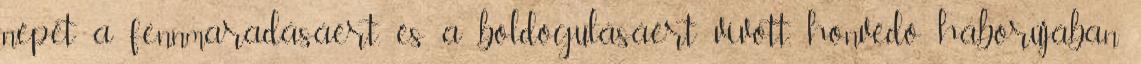
népét a fennmaradásáért, és a boldogulásáért vívott, honvédő háborújában